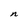
Character: n